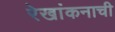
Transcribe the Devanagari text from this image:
रेखांकनाची